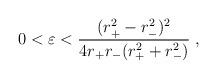
LaTeX: \begin{align*}0 < \varepsilon< \frac{ (r_+^2 - r_-^2)^2 } { 4 r_+ r_- (r_+^2 + r_-^2) }\;,\end{align*}